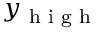
y _ { \textup { h i g h } }